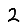
Digit: 2